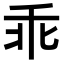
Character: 乖